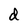
Character: d